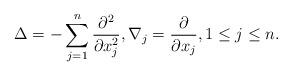
LaTeX: \begin{align*}\Delta = - \sum_{j=1}^n \frac{\partial^2}{ \partial x_j^2}, \nabla_j = \frac{\partial}{\partial x_j}, 1 \leq j \leq n.\end{align*}